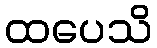
ထပေသိ